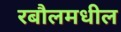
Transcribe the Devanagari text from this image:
रबौलमधील